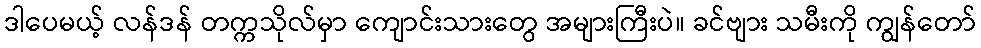
ဒါပေမယ့် လန်ဒန် တက္ကသိုလ်မှာ ကျောင်းသားတွေ အများကြီးပဲ။ ခင်ဗျား သမီးကို ကျွန်တော်